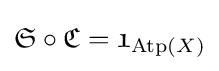
{\mathfrak {S}}\circ {\mathfrak {C}}={\mathfrak {1}}_{\mathrm {Atp} (X)}